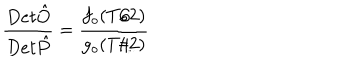
LaTeX: { \frac { D e t \hat { O } } { D e t \hat { P } } } = { \frac { f _ { o } ( T / 2 ) } { g _ { o } ( T / 2 ) } }